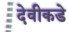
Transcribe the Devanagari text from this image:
देवीकडे